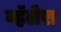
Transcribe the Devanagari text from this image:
व्हॅलेरा